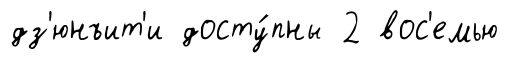
дз'юнъит'и досту́пны 2 вос'емью